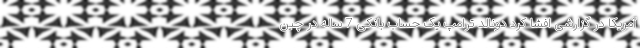
آمریکا در گزارشی افشا کرد دونالد ترامپ یک حساب بانکی 7 ساله در چین